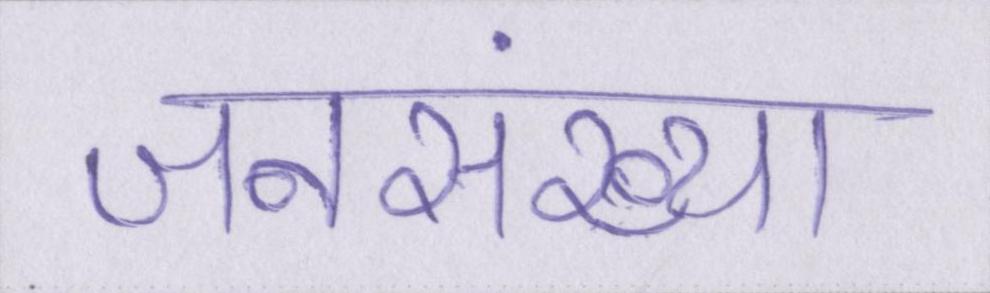
जनसंख्या